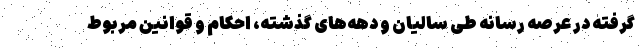
گرفته در عرصه رسانه طی سالیان و دهه‌های گذشته، احکام و قوانین مربوط